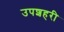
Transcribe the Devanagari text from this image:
उपशहरी